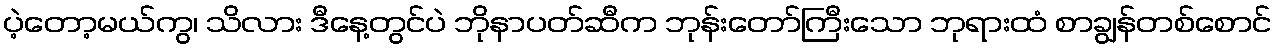
ပဲ့တော့မယ်ကွ၊ သိလား ဒီနေ့တွင်ပဲ ဘိုနာပတ်ဆီက ဘုန်းတော်ကြီးသော ဘုရားထံ စာချွန်တစ်စောင်